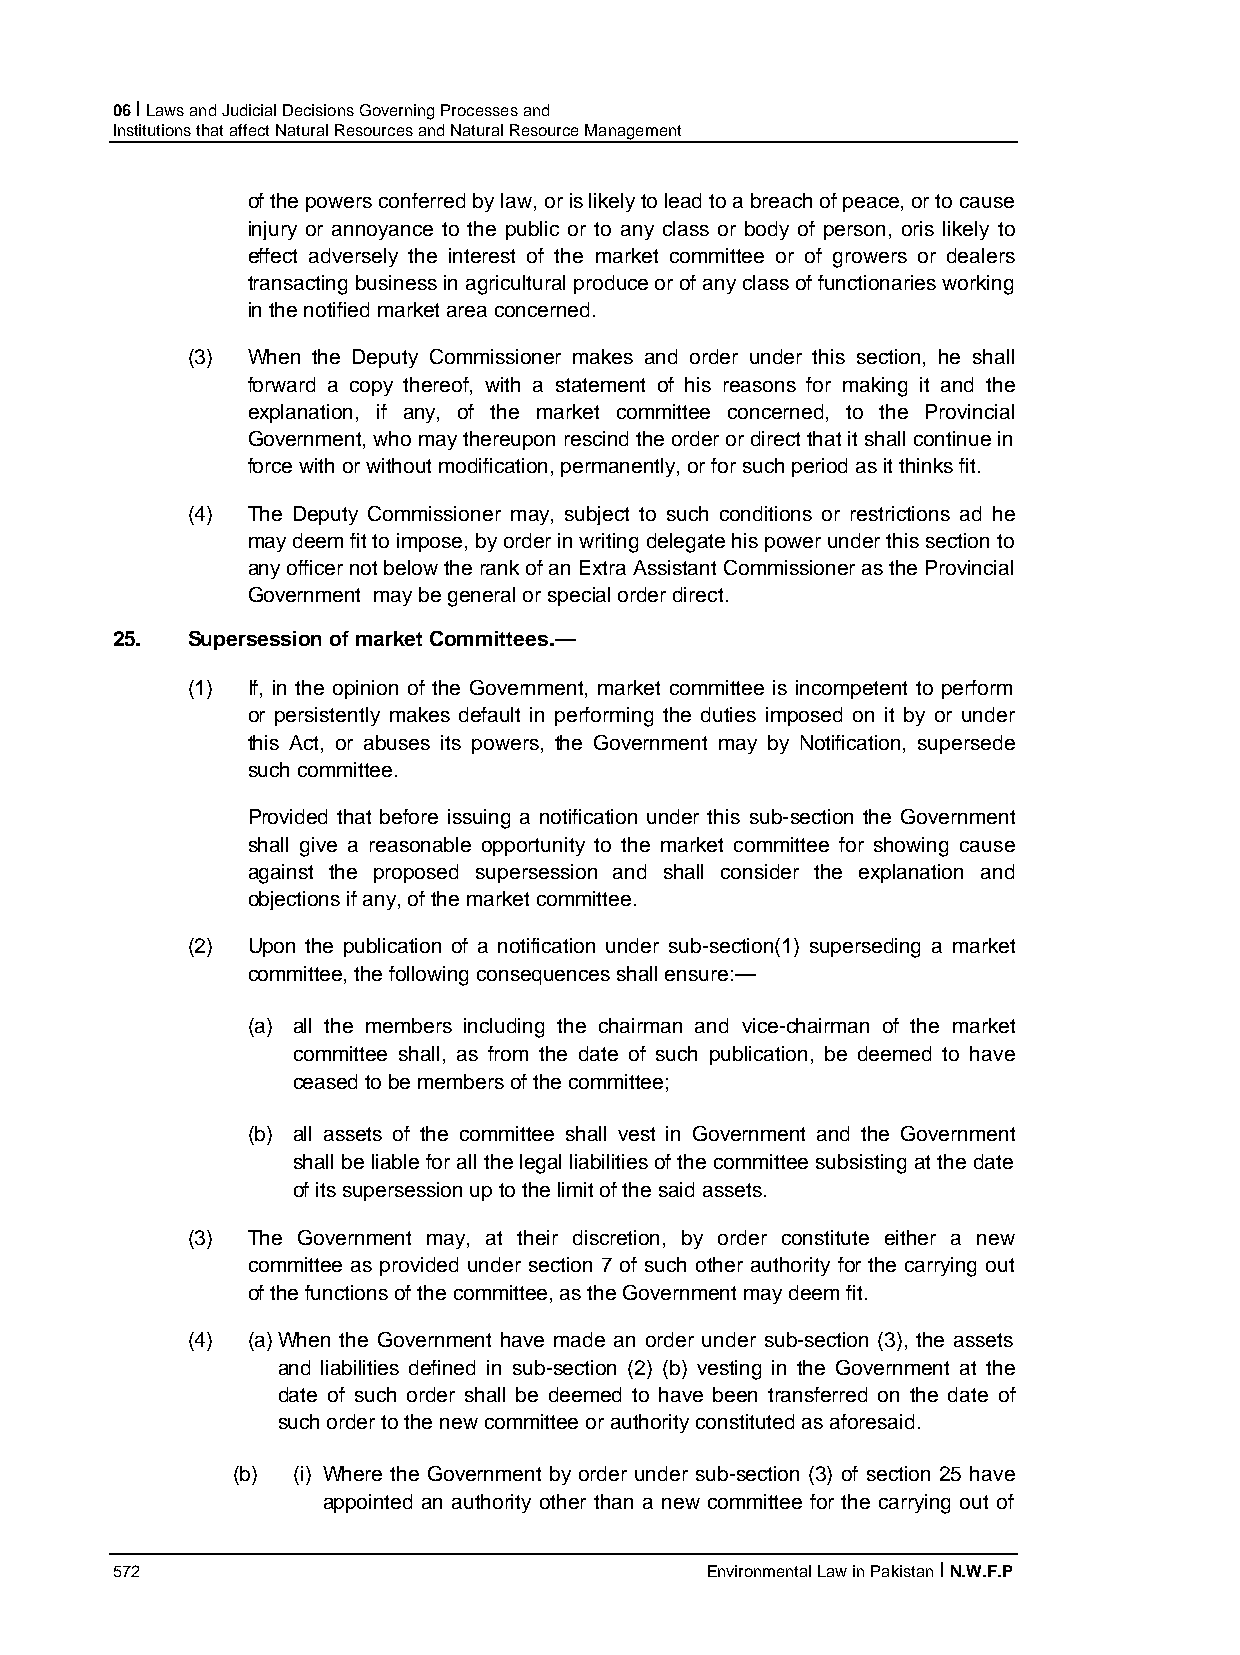
06 I Laws and Judicial Decisions Governing Processes and
 Institutions that affect Natural Resources and Natural Resource Management
 of the powers conferred by law, or is likely to lead to a breach of peace, or to cause
 injury or annoyance to the public or to any class or body of person, oris likely to
 effect adversely the interest of the market committee or of growers or dealers
 transacting business in agricultural produce or of any class of functionaries working
 in the notified market area concerned.
 (3) When the Deputy Commissioner makes and order under this section, he shall
 forward a copy thereof, with a statement of his reasons for making it and the
 explanation, if any, of the market committee concerned, to the Provincial
 Government, who may thereupon rescind the order or direct that it shall continue in
 force with or without modification, permanently, or for such period as it thinks fit.
 (4) The Deputy Commissioner may, subject to such conditions or restrictions ad he
 may deem fit to impose, by order in writing delegate his power under this section to
 any officer not below the rank of an Extra Assistant Commissioner as the Provincial
 Government may be general or special order direct.
 25.  Supersession of market Committees.—
 (1) If, in the opinion of the Government, market committee is incompetent to perform
 or persistently makes default in performing the duties imposed on it by or under
 this Act, or abuses its powers, the Government may by Notification, supersede
 such committee.
 Provided that before issuing a notification under this sub-section the Government
 shall give a reasonable opportunity to the market committee for showing cause
 against the proposed supersession and shall consider the explanation and
 objections if any, of the market committee.
 (2) Upon the publication of a notification under sub-section(1) superseding a market
 committee, the following consequences shall ensure:—
 (a) all the members including the chairman and vice-chairman of the market
 committee shall, as from the date of such publication, be deemed to have
 ceased to be members of the committee;
 (b) all assets of the committee shall vest in Government and the Government
 shall be liable for all the legal liabilities of the committee subsisting at the date
 of its supersession up to the limit of the said assets.
 (3) The Government may, at their discretion, by order constitute either a new
 committee as provided under section 7 of such other authority for the carrying out
 of the functions of the committee, as the Government may deem fit.
 (4) (a) When the Government have made an order under sub-section (3), the assets
 and liabilities defined in sub-section (2) (b) vesting in the Government at the
 date of such order shall be deemed to have been transferred on the date of
 such order to the new committee or authority constituted as aforesaid.
 (b) (i) Where the Government by order under sub-section (3) of section 25 have
 appointed an authority other than a new committee for the carrying out of
 572                                     Environmental Law in Pakistan I N.W.F.P